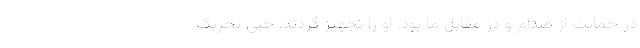
در حمایت از صدام و در مقابل ما بود. او را تجهیز کردند، حتی تحریک